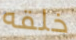
خلقه